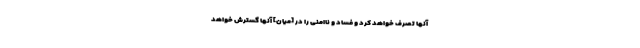
آنها تصرّف خواهد کرد و فساد و ناامنی را در [میان] آنها گسترش خواهد